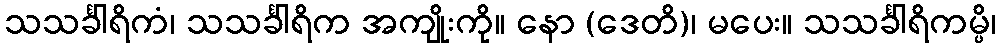
သသင်္ခါရိကံ၊ သသင်္ခါရိက အကျိုးကို။ နော (ဒေတိ)၊ မပေး။ သသင်္ခါရိကမ္ပိ၊